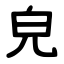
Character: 皃